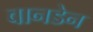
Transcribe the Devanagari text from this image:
वानडेन